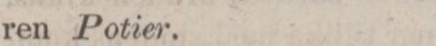
ren Potier.